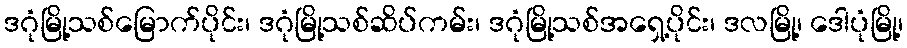
ဒဂုံမြို့သစ်မြောက်ပိုင်း၊ ဒဂုံမြို့သစ်ဆိပ်ကမ်း၊ ဒဂုံမြို့သစ်အရှေ့ပိုင်း၊ ဒလမြို့၊ ဒေါပုံမြို့၊